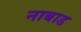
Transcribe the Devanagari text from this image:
नाबाड